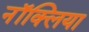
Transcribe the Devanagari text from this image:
नॉक्लिया